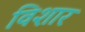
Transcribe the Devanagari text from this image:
विशार